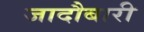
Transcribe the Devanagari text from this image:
जादौबारी